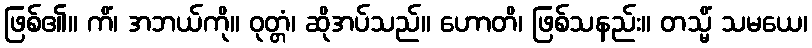
ဖြစ်၏။ ကိံ၊ အဘယ်ကို။ ဝုတ္တံ၊ ဆိုအပ်သည်။ ဟောတိ၊ ဖြစ်သနည်း။ တသ္မိံ သမယေ၊